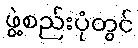
ဖွဲ့စည်းပုံတွင်